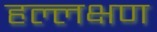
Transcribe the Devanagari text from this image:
हल्लक्षण